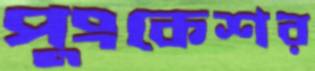
পুংকেশর